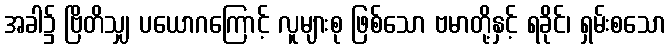
အခါ၌ ဗြိတိသျှ ပယောဂကြောင့် လူများစု ဖြစ်သော ဗမာတို့နှင့် ရခိုင်၊ ရှမ်းစသော